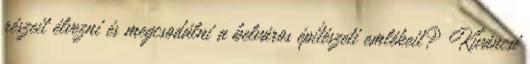
részeit élvezni és megcsodálni a belváros építészeti emlékeit? Kíváncsi